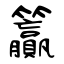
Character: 籯